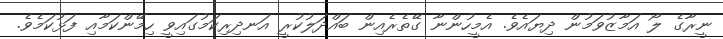
ނީރާގެ ލޯ އަމާޒުވަމުން ދިޔައެވެ. އެމީހުންނާ ގޭތެރެއިން ބައްދަލުކުރީ އަނދިރިކަމުގައިވީ ހިމޭންކަމާއި ފަޅުކަމެވެ.